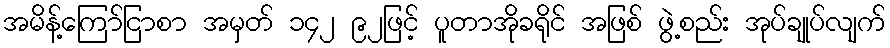
အမိန့်ကြော်ငြာစာ အမှတ် ၁၄၂ ၉၂ဖြင့် ပူတာအိုခရိုင် အဖြစ် ဖွဲ့စည်း အုပ်ချုပ်လျက်